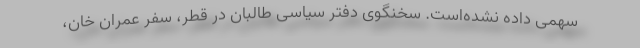
سهمی داده نشده‌است. سخنگوی دفتر سیاسی طالبان در قطر، سفر عمران خان،